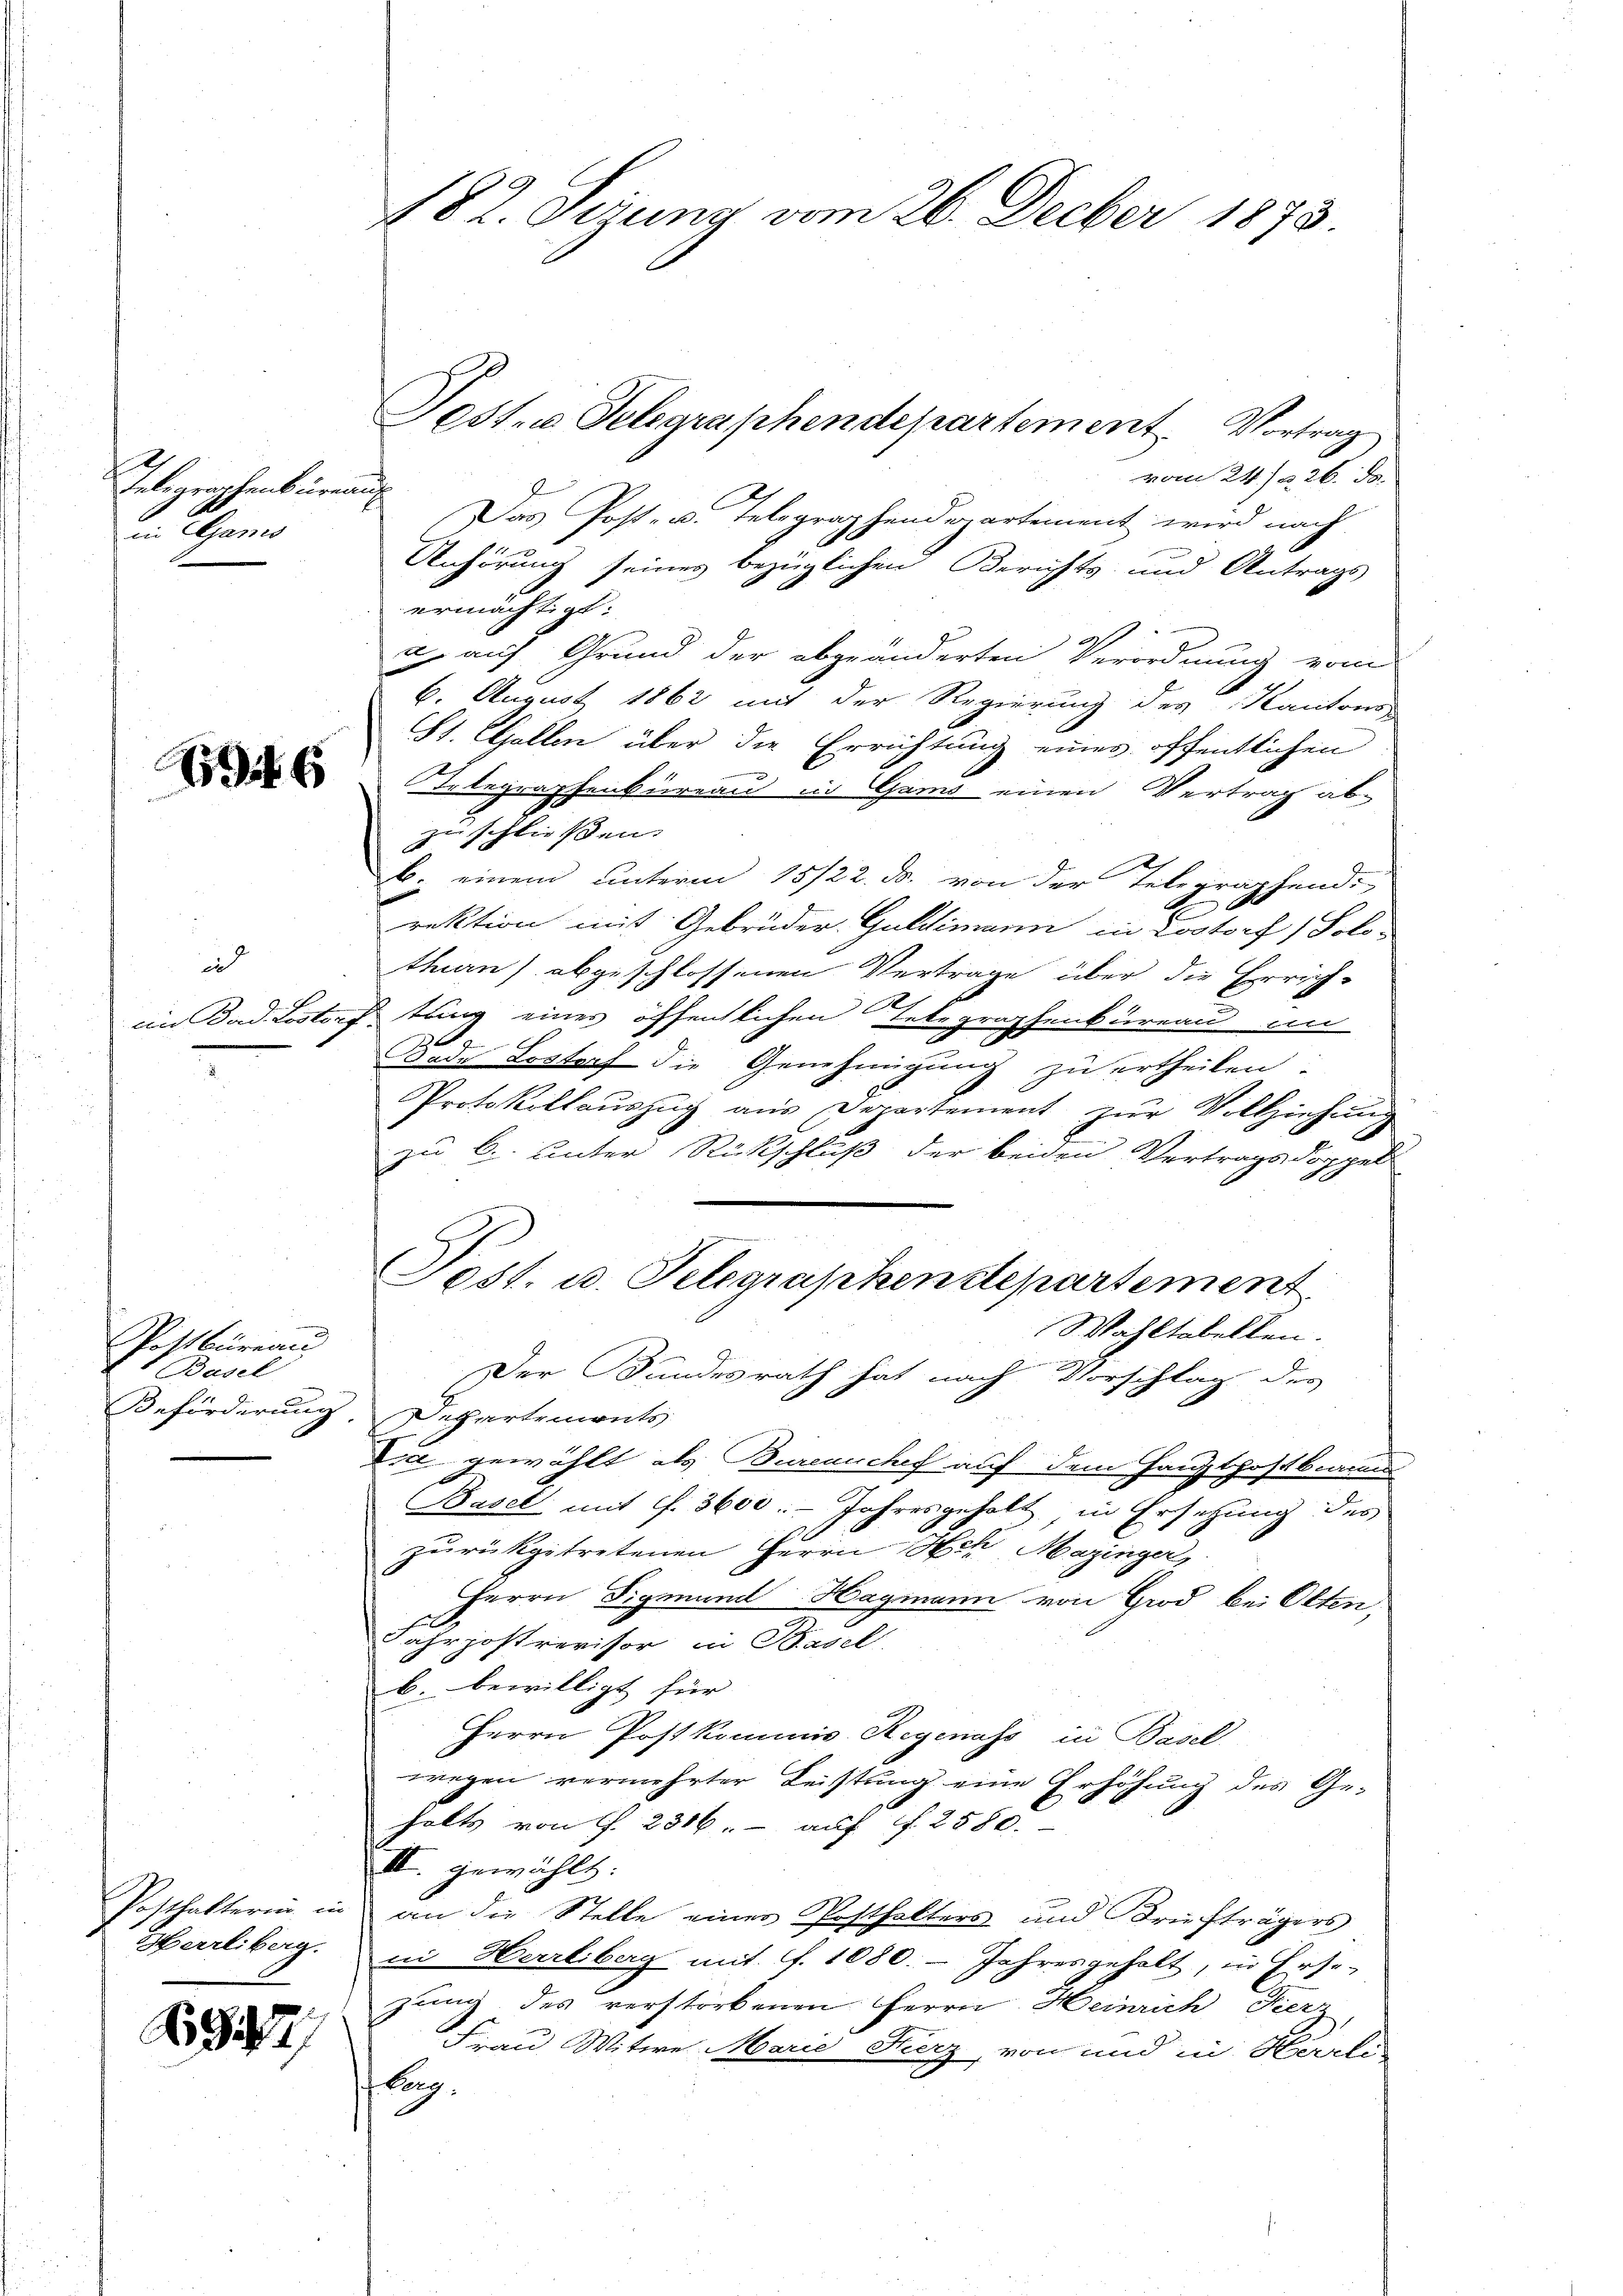
h
Gelegraphenbüreaul
in Gans

6

in
ein Bad. Losteng

Pottbüreau
Basel

Herrliberg.

927/

Jeste Telegraphendepartement. Vortrag
vom 24.) u. 26. ds.
Das Post- u. Telegraphendepartement wird nach
Anhörung seines bezüglichen Berichts- und Antrags
ermächtigt:
.
a. auf Grund der abgeänderten Verordnung vom
6. August 1862 mit der Regierung des Kantons-
St. Gallen über die Errichtung eines öffentlichen
Telegraphenbureau in Gams einen Vertrag ab-
zu schließen.
. einem unterm 15/22. ds. von der Telegraphend
rektion mit Gebrüder Guldimann in Lostorf) Solo-
thurn) abgeschlossenen Vertrage über die Errich-
tung eines öffentlichen Telegraphenbureau im
a
Dade Lostorf die Genehmigung zu ertheilen.
Protokollauszug aus Departement zŭr Vollziehung
zu C. unter Rückschluß der beiden Vertragsdoppell
Post. u. Telegraphenstepartement
Wahltabellen.
Der Bundesrath hat nach Vorschlag des
Beförderung. Departements
Dia gewählt als Burennchef auf dem Hauptpostbare
Basel mit f. 3600. - Jahresgeholt, in Ersetzung des
zurückgetretenen Herrn Hch Mazinger,
Herrn Sigmund Hagmann von Grod bei Olten,
Jahrjostrevisor, in Basel
b. bewilligt für
Herrn Postkommis. Regenass in Basel
wegen vermehrter Leistung eine Erhöhung des Ge-
halts von 1. 2506. auf f 2580.
III. gewählt:
Posthalterin in an die Stelle einer Posthalters und Briefträgers
ii Herrliberg mit ff. 1680. Jahresgeholt, in Erse-
zung des verstorbenen Herrn Heinrich Fierz,
A
Frau Witwe Marie Fierz, von und in Herre
lung.

182. Derung vom 26. Decber 1873.